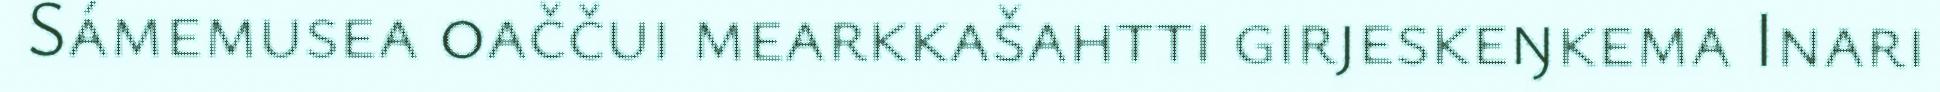
Sámemusea oaččui mearkkašahtti girjeskeŋkema Inari